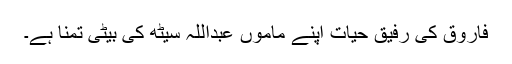
فاروق کی رفیق حیات اپنے ماموں عبداللہ سیٹھ کی بیٹی تمنا ہے۔